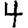
Digit: 4